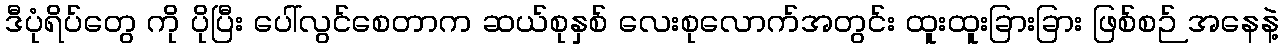
ဒီပုံရိပ်တွေ ကို ပိုပြီး ပေါ်လွင်စေတာက ဆယ်စုနှစ် လေးစုလောက်အတွင်း ထူးထူးခြားခြား ဖြစ်စဉ် အနေနဲ့